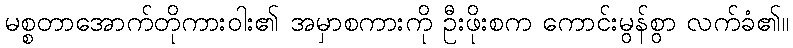
မစ္စတာအောက်တိုကားဝါး၏ အမှာစကားကို ဦးဖိုးစက ကောင်းမွန်စွာ လက်ခံ၏။